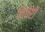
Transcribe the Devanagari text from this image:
निबेरो